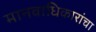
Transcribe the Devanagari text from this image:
मानवाधिकारांचा